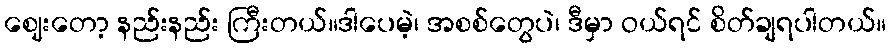
ဈေးတော့ နည်းနည်း ကြီးတယ်။ဒါပေမဲ့၊ အစစ်တွေပဲ၊ ဒီမှာ ဝယ်ရင် စိတ်ချရပါတယ်။